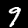
Digit: 9